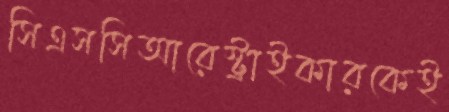
সিএসসিআরেস্ট্রাইকারকেই